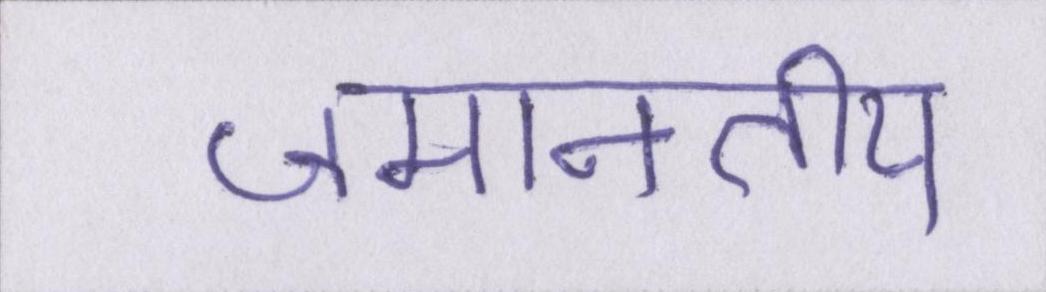
जमानतीय